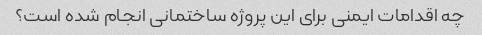
چه اقدامات ایمنی برای این پروژه ساختمانی انجام شده است؟